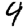
Digit: 9